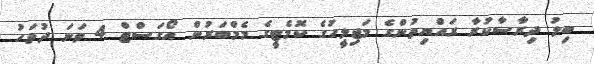
ބިލު ދިރާސާކުރާ ރައްޔިތުންގެ މަޖިލީހުގެ ކޮމެޓީގެ މެމްބަރުން އޯގަސްޓް 4 ވަނަ ދުވަހު